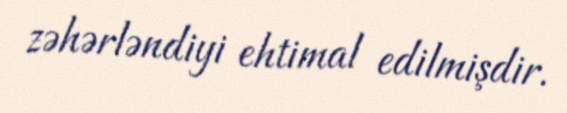
zəhərləndiyi ehtimal edilmişdir.